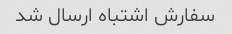
سفارش اشتباه ارسال شد